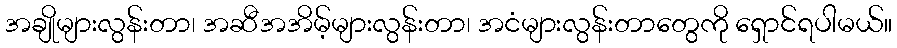
အချိုများလွန်းတာ၊ အဆီအအိမ့်များလွန်းတာ၊ အငံများလွန်းတာတွေကို ရှောင်ရပါမယ်။